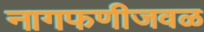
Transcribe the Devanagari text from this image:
नागफणीजवळ